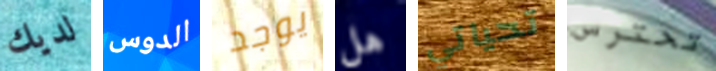
لديك الدوس يوجد هل تحياتي تحترس